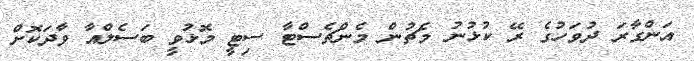
އަންގާރަ ދުވަހުގެ ރޭ ކުޅުނު މެޗުން މެންޗެސްޓާ ސިޓީ މޮޅުވީ ބަސެލްއާ ވާދަކޮށް